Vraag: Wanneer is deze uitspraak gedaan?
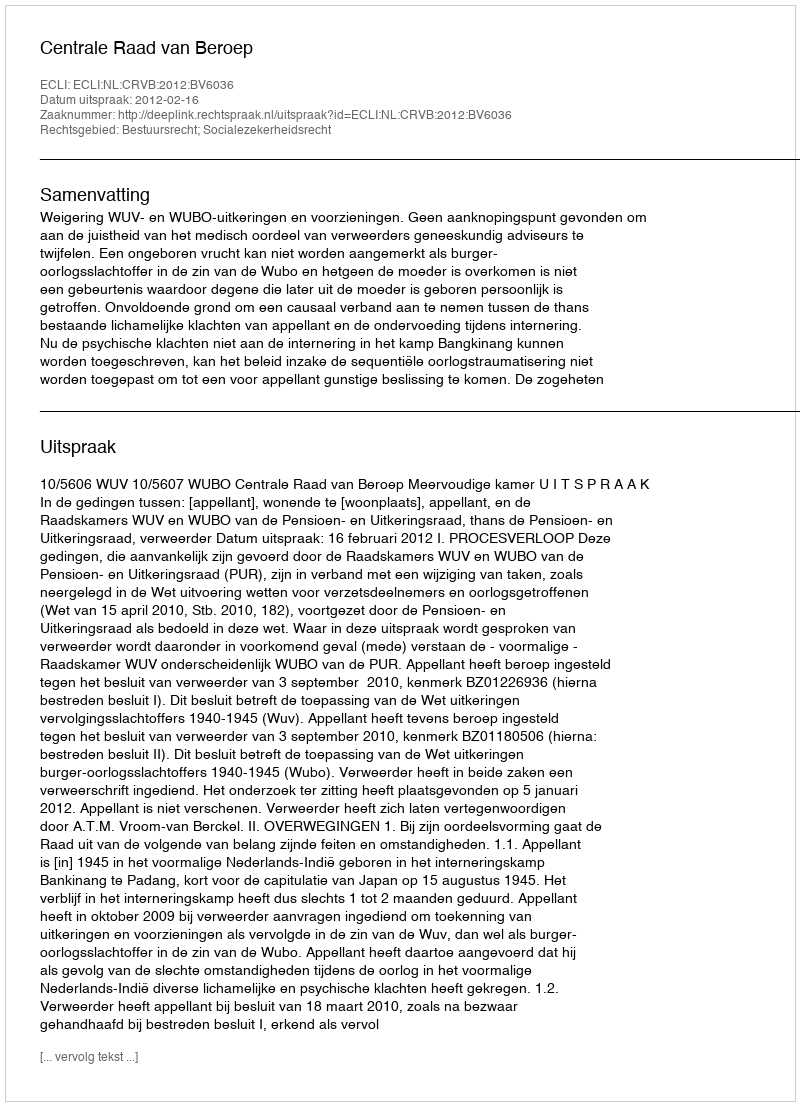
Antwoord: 2012-02-16